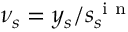
\nu _ { s } = y _ { s } / s _ { s } ^ { \mathrm { ~ i ~ n ~ } }